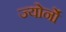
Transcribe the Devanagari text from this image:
ज्योर्नो